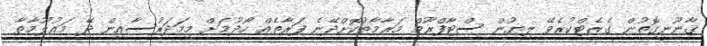
ޤާނޫނީގޮތުން ގެޒެޓްކުރެވޭ ލިޔުން ސްޓާފްރޫމް މަރާމާތުކޮށްދޭނެ ފަރާތެއް ހޯދުމަށް މިމަދަރުސާއިން ދޭ މަޢުލޫމާތާ